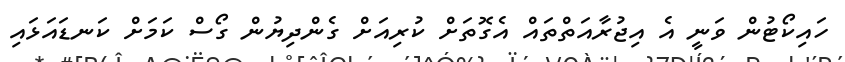
ހައިކޯޓުން ވަނީ އެ އިޖުރާއަތްތައް އެގޮތަށް ކުރިއަށް ގެންދިޔުން ގޯސް ކަމަށް ކަނޑައަޅައި